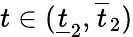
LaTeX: t\in(\underline{{t}}_{2},\overline{{t}}_{2})